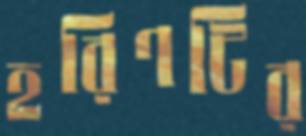
হরিণটির